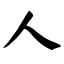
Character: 人